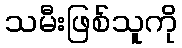
သမီးဖြစ်သူကို